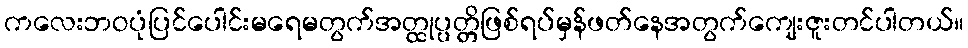
ကလေးဘဝပုံပြင်ပေါင်းမရေမတွက်အတ္ထုပ္ပတ္တိဖြစ်ရပ်မှန်ဖတ်နေအတွက်ကျေးဇူးတင်ပါတယ်။